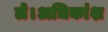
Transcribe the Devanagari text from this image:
ले।अधिकांश